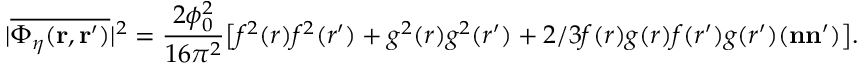
| \overline { { { \Phi _ { \eta } ( { \bf r } , { \bf r } ^ { \prime } ) } } } | ^ { 2 } = \frac { 2 \phi _ { 0 } ^ { 2 } } { 1 6 \pi ^ { 2 } } \big [ f ^ { 2 } ( r ) f ^ { 2 } ( r ^ { \prime } ) + g ^ { 2 } ( r ) g ^ { 2 } ( r ^ { \prime } ) + 2 / 3 f ( r ) g ( r ) f ( r ^ { \prime } ) g ( r ^ { \prime } ) ( { \bf n } { \bf n } ^ { \prime } ) \big ] .